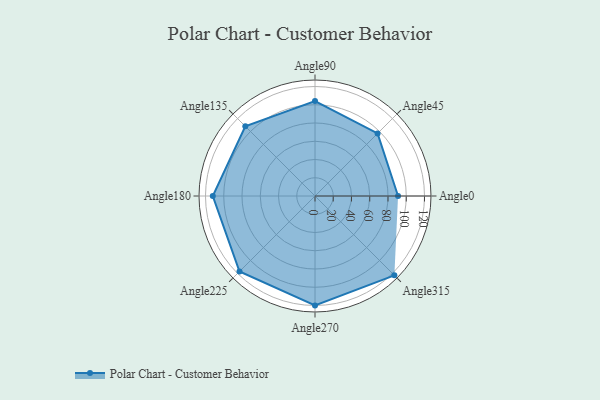
{"axis": {"x": "Angle", "y": "Radius"}, "legend": [""], "data": [{"x": "Angle0", "y": 91.0, "type": ""}, {"x": "Angle45", "y": 97.0, "type": ""}, {"x": "Angle90", "y": 104.0, "type": ""}, {"x": "Angle135", "y": 108.0, "type": ""}, {"x": "Angle180", "y": 112.0, "type": ""}, {"x": "Angle225", "y": 117.0, "type": ""}, {"x": "Angle270", "y": 120.0, "type": ""}, {"x": "Angle315", "y": 123.0, "type": ""}]}